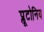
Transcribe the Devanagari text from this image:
प्लूटोनिय